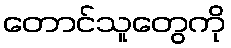
တောင်သူတွေကို